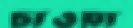
চাওয়া